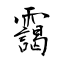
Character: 靄